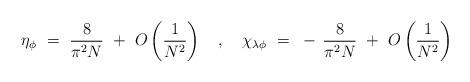
LaTeX: \begin{align*}\eta_\phi ~=~ \frac{8}{\pi^2N} ~+~ O\left( \frac{1}{N^2} \right) ~~~,~~~\chi_{\lambda\phi} ~=~ - \, \frac{8}{\pi^2N} ~+~ O\left( \frac{1}{N^2} \right)\end{align*}